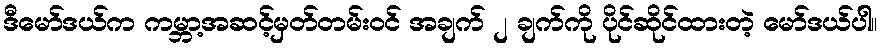
ဒီမော်ဒယ်က ကမ္ဘာ့အဆင့်မှတ်တမ်းဝင် အချက် ၂ ချက်ကို ပိုင်ဆိုင်ထားတဲ့ မော်ဒယ်ပါ။